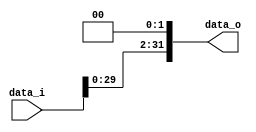
// 0310020
//Subject:      CO project 2 - Shift_Left_Two_32
//--------------------------------------------------------------------------------
//Version:     1
//--------------------------------------------------------------------------------
//Description: 
//--------------------------------------------------------------------------------

module Shift_Left_Two_32(
    data_i,
    data_o
    );

//I/O ports                    
input [32-1:0] data_i;
output [32-1:0] data_o;

//shift left 2
wire [32-1:0] data_o;
assign data_o = {data_i[29:0], 2'b0};
endmodule